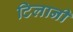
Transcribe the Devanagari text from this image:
टिलानी